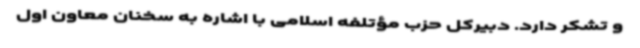
و تشکر دارد. دبیرکل حزب مؤتلفه اسلامی با اشاره به سخنان معاون اول